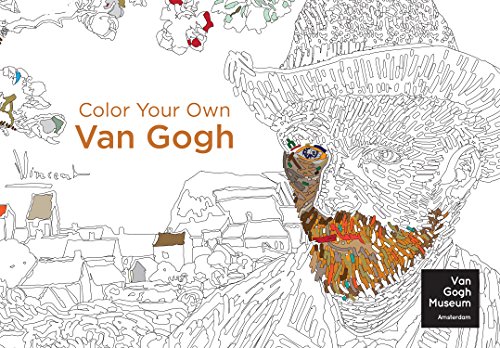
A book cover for Color Your Own Van Gogh; Van Gogh Museum Amsterdam; Crafts, Hobbies & Home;